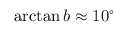
\arctan b \approx 1 0 ^ { \circ }